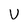
Character: U